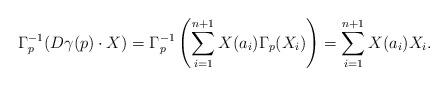
LaTeX: \begin{align*} \Gamma_p^{-1}(D \gamma(p) \cdot X) = \Gamma_p^{-1} \left( \sum_{i=1}^{n+1} X(a_i) \Gamma_p(X_i) \right) = \sum_{i=1}^{n+1} X(a_i) X_i. \end{align*}